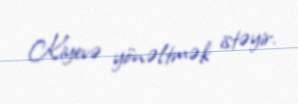
Kiyevə yönəltmək istəyir.